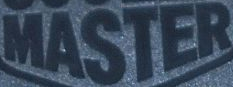
MASTER